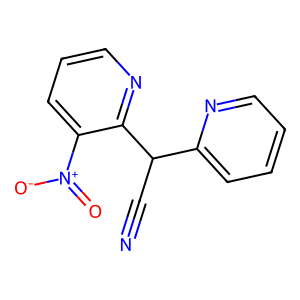
SMILES: N#CC(c1ccccn1)c1ncccc1[N+](=O)[O-]
Inhibits HIV replication: No